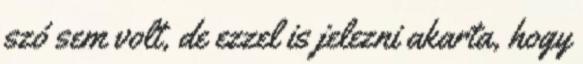
szó sem volt, de ezzel is jelezni akarta, hogy